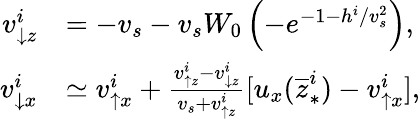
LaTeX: \begin{array}{rl}{v_{\downarrow z}^{i}}&{=-v_{s}-v_{s}W_{0}\left(-e^{-1-h^{i}/v_{s}^{2}}\right),}\\ {v_{\downarrow x}^{i}}&{\simeq v_{\uparrow x}^{i}+\frac{v_{\uparrow z}^{i}-v_{\downarrow z}^{i}}{v_{s}+v_{\uparrow z}^{i}}[u_{x}(\overline{{z}}_{\ast}^{i})-v_{\uparrow x}^{i}],}\end{array}